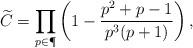
LaTeX: \begin{align*} \widetilde{C} = \prod_{p\in \P}\left(1-\frac{p^2+p-1}{p^3(p+1)} \right),\end{align*}